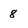
Character: 8